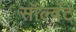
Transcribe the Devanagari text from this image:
सॉल्वंट